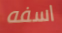
اسفه